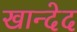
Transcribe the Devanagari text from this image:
खान्देद